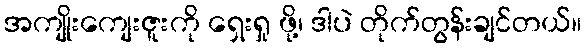
အကျိုးကျေးဇူးကို ရှေးရှု ဖို့၊ ဒါပဲ တိုက်တွန်းချင်တယ်။